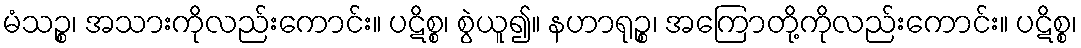
မံသဉ္စ၊ အသားကိုလည်းကောင်း။ ပဋိစ္စ၊ စွဲယူ၍။ နဟာရုဉ္စ၊ အကြောတို့ကိုလည်းကောင်း။ ပဋိစ္စ၊